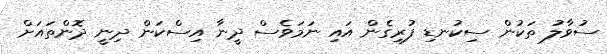
ސުވާލު ތަކުން ސިކުނޑި ފުރިގެން އައި ނަމަވެސް ދީނާ އިސްކަން ދިނީ ދޮންތައަށް